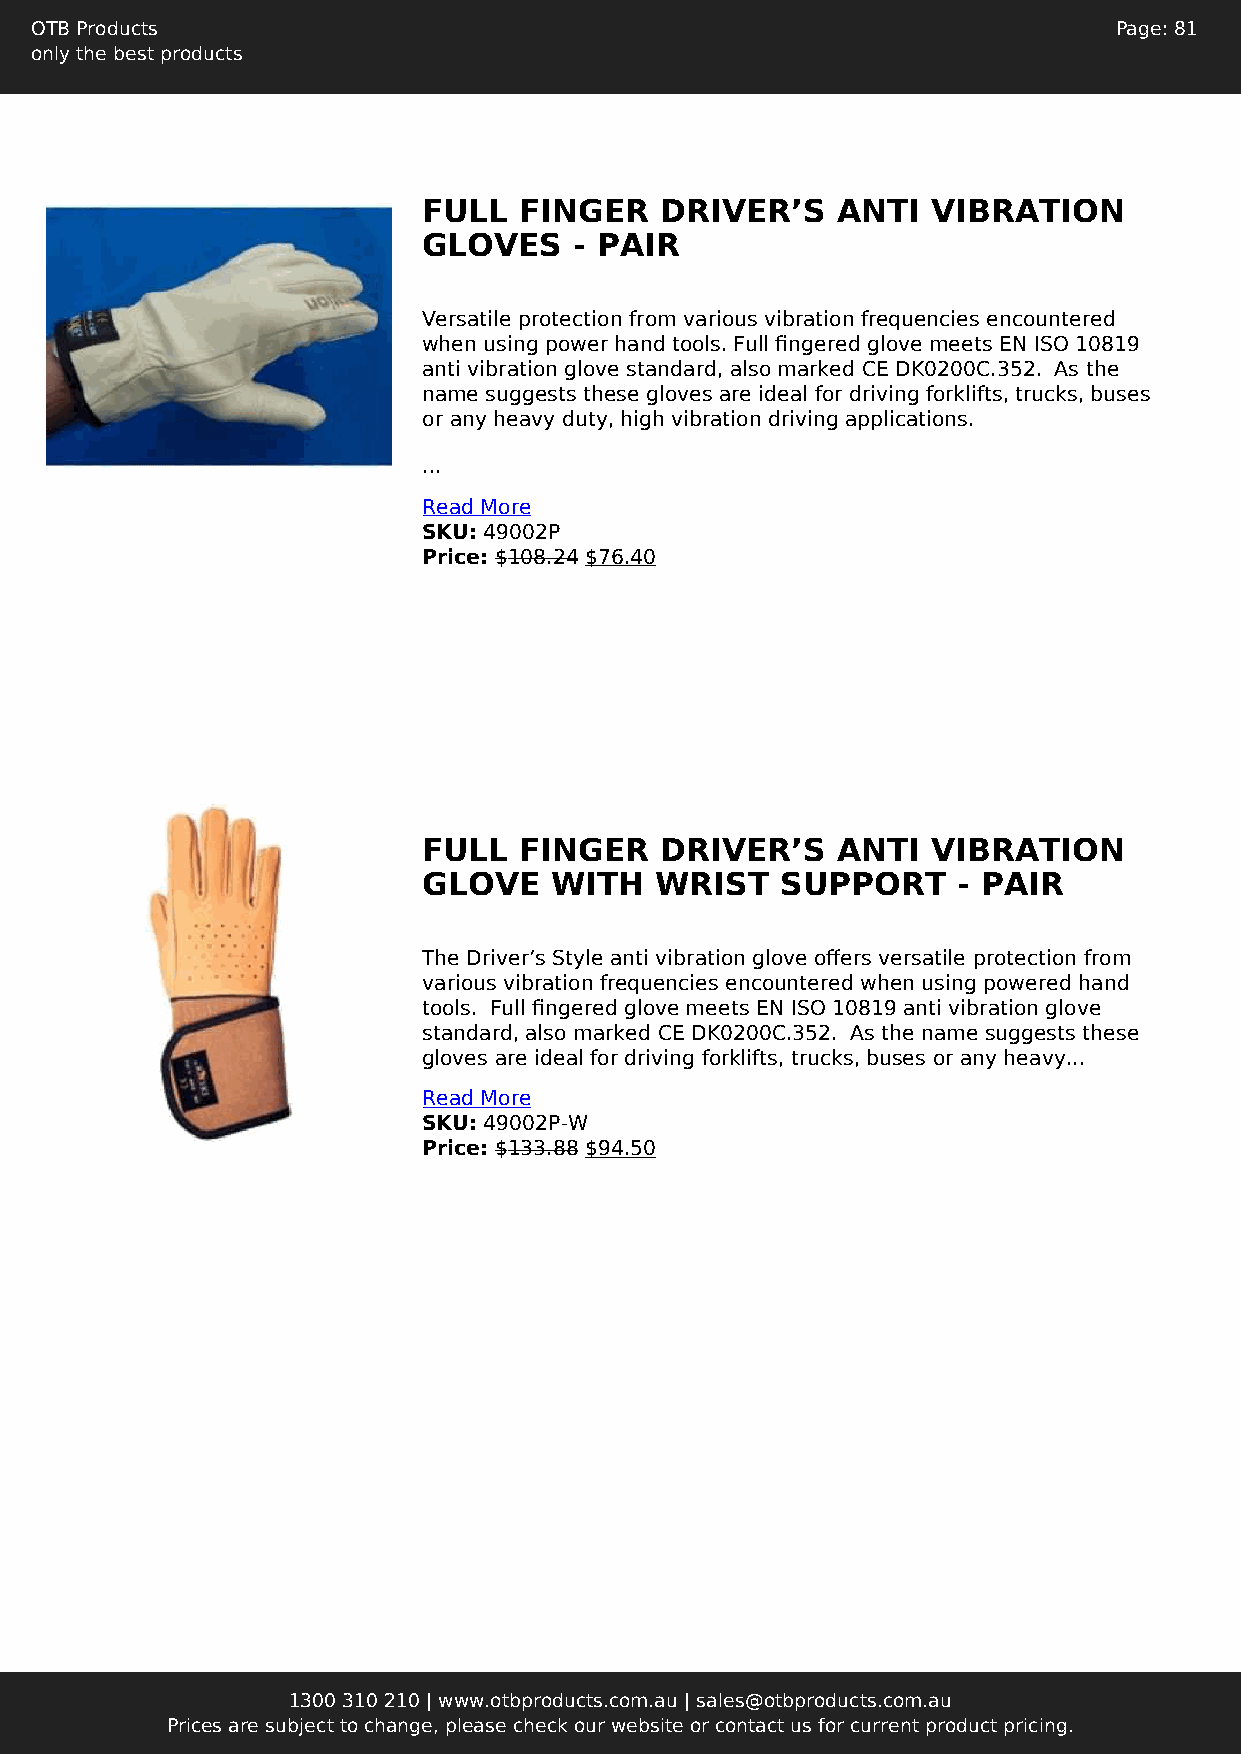
OTB Products                                                            Page: 81
 only the best products
 FULL  FINGER    DRIVER’S   ANTI   VIBRATION
 GLOVES    - PAIR
 Versatile protection from various vibration frequencies encountered
 when using power hand tools. Full fingered glove meets EN ISO 10819
 anti vibration glove standard, also marked CE DK0200C.352. As the
 name suggests these gloves are ideal for driving forklifts, trucks, buses
 or any heavy duty, high vibration driving applications.
 ...
 Read More
 SKU: 49002P
 Price: $108.24 $76.40
 FULL  FINGER    DRIVER’S   ANTI   VIBRATION
 GLOVE   WITH   WRIST    SUPPORT    - PAIR
 The Driver’s Style anti vibration glove offers versatile protection from
 various vibration frequencies encountered when using powered hand
 tools. Full fingered glove meets EN ISO 10819 anti vibration glove
 standard, also marked CE DK0200C.352. As the name suggests these
 gloves are ideal for driving forklifts, trucks, buses or any heavy...
 Read More
 SKU: 49002P-W
 Price: $133.88 $94.50
 1300 310 210 | www.otbproducts.com.au | sales@otbproducts.com.au
 Prices are subject to change, please check our website or contact us for current product pricing.